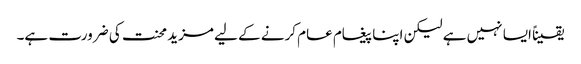
یقیناً ایسا نہیں ہے لیکن اپنا پیغام عام کرنے کے لیے مزید محنت کی ضرورت ہے۔